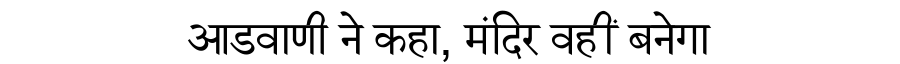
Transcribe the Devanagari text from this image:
आडवाणी ने कहा, मंदिर वहीं बनेगा